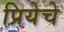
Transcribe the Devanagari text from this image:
प्रियेचे